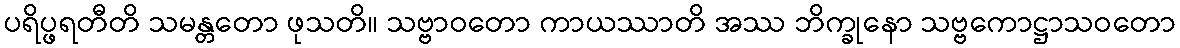
ပရိပ္ဖရတီတိ သမန္တတော ဖုသတိ။ သဗ္ဗာဝတော ကာယဿာတိ အဿ ဘိက္ခုနော သဗ္ဗကောဋ္ဌာသဝတော